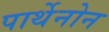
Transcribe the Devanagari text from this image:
पार्थेनोन